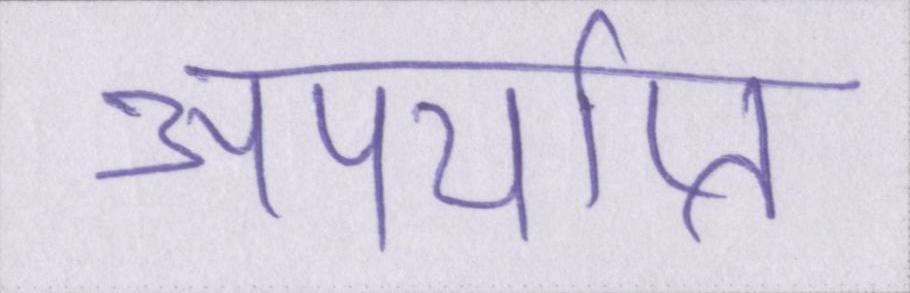
अपर्याप्त